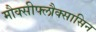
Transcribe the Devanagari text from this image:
मौक्सीफ्लौक्सासिन